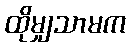
ထိုမျှသာမက